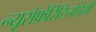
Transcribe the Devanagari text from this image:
न्यूरोफ़ेरिटिनोपैथी